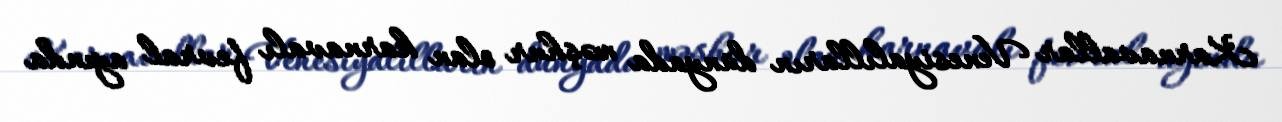
Karnavallar Venesiyalılların dünyada məşhur olan karnavalı fevral ayında